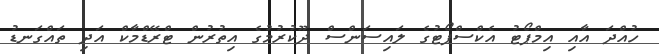
ހުއްދަ އާއި އިމްޕޯޓު އެކްސްޕޯޓުގެ ލައިސަންސް ދޫކުރުމުގެ އިތުރުން ޓްރޭޑްމާކް އަދި ތައްގަނޑު